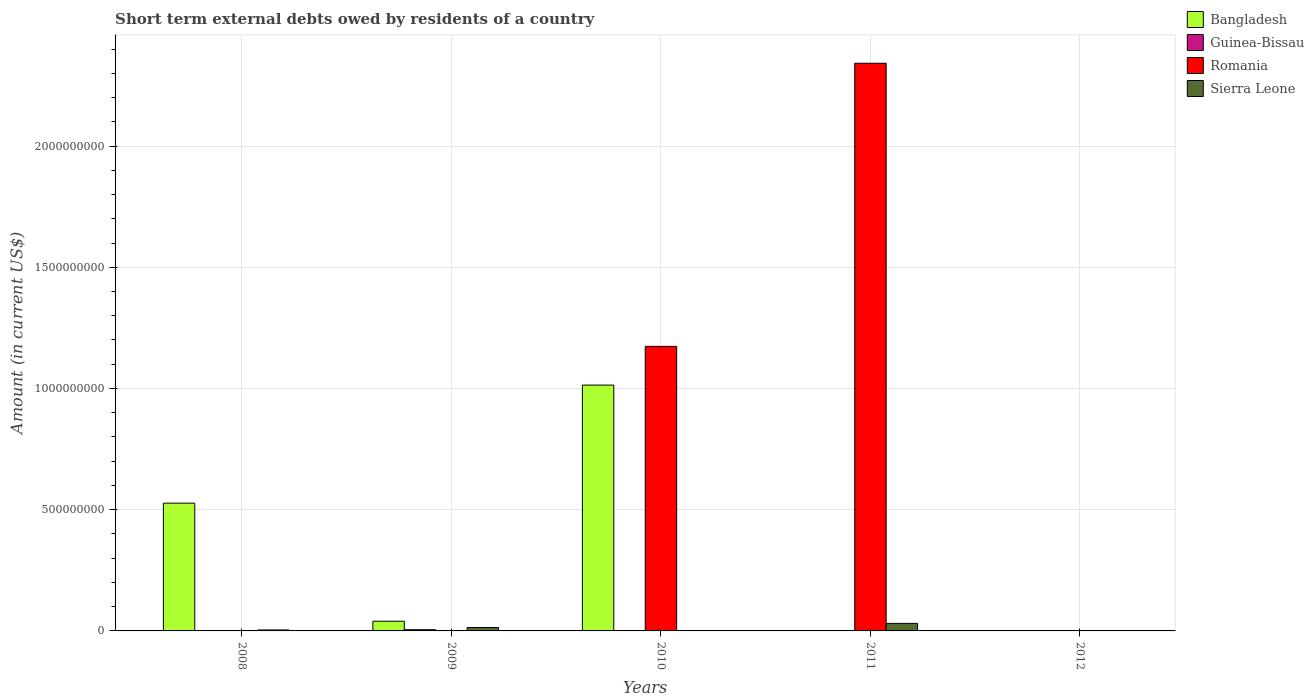
| Years | Bangladesh | Guinea-Bissau | Romania | Sierra Leone |
 | --- | --- | --- | --- | --- |
 | 2008 | 5.27e+08 | -5e+06 | -3.75e+09 | 4e+06 |
 | 2009 | 4e+07 | 5e+06 | -9.59e+09 | 1.4e+07 |
 | 2010 | 1.01e+09 | -6e+06 | 1.17e+09 | -1.9e+07 |
 | 2011 | -8.44e+08 | -1e+06 | 2.34e+09 | 3.1e+07 |
 | 2012 | -1.46e+08 | 1e+06 | -3.18e+09 | -2.1e+07 |